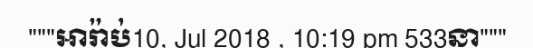
"""អារ៉ាប់10, Jul 2018 , 10:19 pm 533នា"""